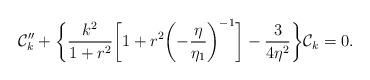
LaTeX: \begin{align*}{\cal C}_{k}'' + \biggl\{ \frac{k^2}{1 + r^2}\biggl[1 + r^2 \biggl(-\frac{\eta}{\eta_{1}}\biggr)^{-1} \biggr] - \frac{3}{4\eta^2}\biggr\}{\cal C}_{k} =0.\end{align*}